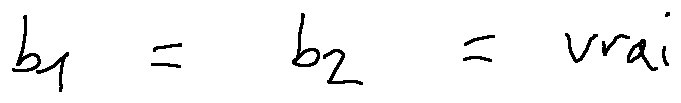
b _ { 1 } = b _ { 2 } = v r a i